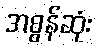
အစွန်ဆုံး